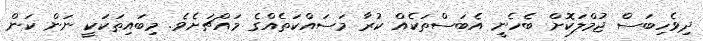
ދިވެހިބަސް ޖުމްލަކޮށް ބެހެނީ އެބަސްތަކެއް ކުރާ މަސައްކަތެއްގެ މައްޗަށެވެ. މިބައިތަކަކީ ނަން ކަން